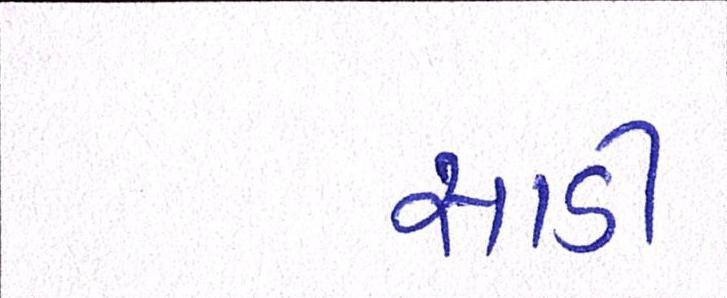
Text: સાડી